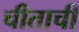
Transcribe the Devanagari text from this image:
चीताची